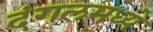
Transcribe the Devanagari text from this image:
दंगलमध्ये